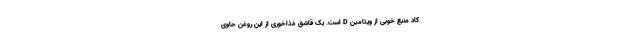
کاد منبع خوبی از ویتامین D است. یک قاشق غذاخوری از این روغن حاوی